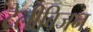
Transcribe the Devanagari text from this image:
टेलीविजन